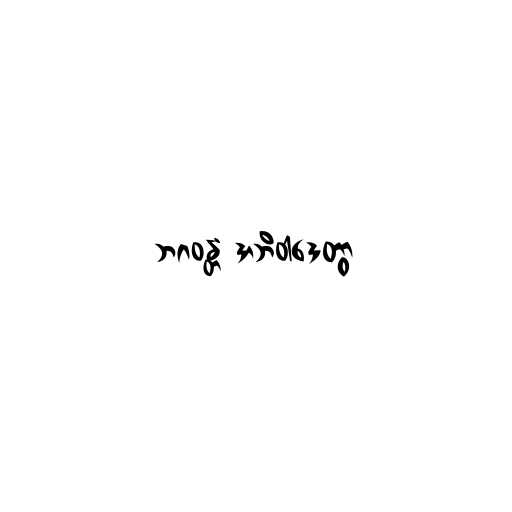
ဘဂဝန္တံ အဘိဝါဒေတွာ